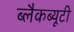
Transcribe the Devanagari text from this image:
ब्लैकब्यूटी